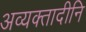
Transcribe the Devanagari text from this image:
अव्यक्तादीनि